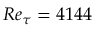
R e _ { \tau } = 4 1 4 4